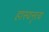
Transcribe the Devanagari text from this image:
हास्यनृत्य